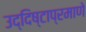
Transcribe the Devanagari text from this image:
उद्दिष्टाप्रमाणे